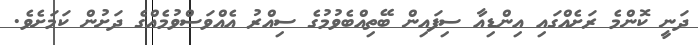
ދަނީ ކޮންމެ ރަށެއްގައި އިންޑިއާ ސިފައިން ބޭތިއްބެވުމުގެ ސިއްރު އެއްވަސްވުމެއްގެ ދަށުން ކަމަށެވެ.